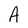
Character: A